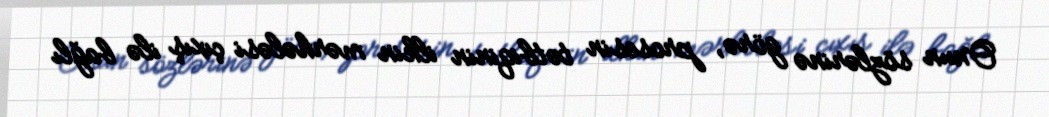
Onun sözlərinə görə, prosesin tətbiqinin ilkin mərhələsi çıxış ilə bağlı